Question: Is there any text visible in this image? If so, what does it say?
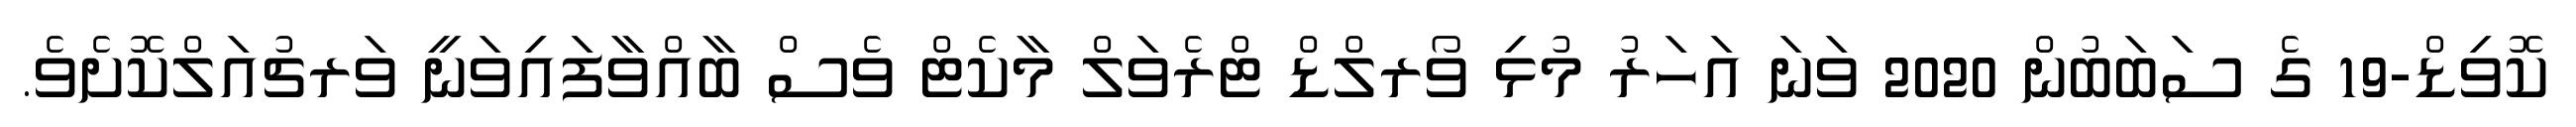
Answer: ކޮވިޑް-19 ގެ ސަބަބުން 2020 ވަނަ އަހަރު މުޅި ވޯރލްޑް ޓްރެވަލް މާކެޓް ވެސް ބާއްވާފައިވަނީ ވަރޗުއަލްކޮށެވެ.